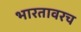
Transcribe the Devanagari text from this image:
भारतावरच